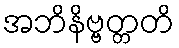
အဘိနိဗ္ဗတ္တတိ